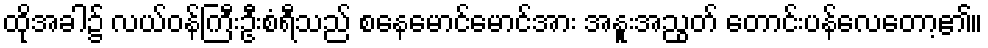
ထိုအခါ၌ လယ်ဝန်ကြီးဦးစံရီသည် စနေမောင်မောင်အား အနူးအညွတ် တောင်းပန်လေတော့၏။